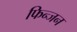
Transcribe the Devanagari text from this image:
फिन्जन